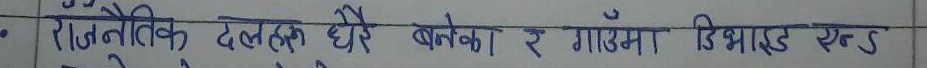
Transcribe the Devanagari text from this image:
- राजनैतिक दलहरू धेरै बनेका र गाउँमा डिभाईड एनएस